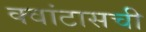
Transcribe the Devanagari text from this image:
क्वांटासची